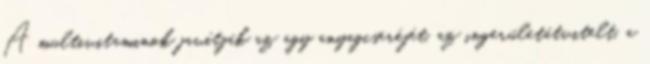
A multivitaminok javítják az agy anyagcseréjét, az ingerületátvitelt, a